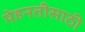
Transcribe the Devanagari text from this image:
मेहनतीसाठी